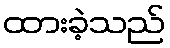
ထားခဲ့သည်